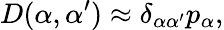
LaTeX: D(\alpha,{\alpha^{\prime}})\approx\delta_{\alpha{\alpha^{\prime}}}p_{\alpha},